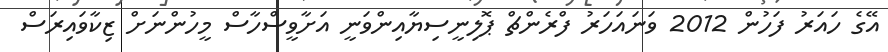
އޭގެ ހައަރު ފަހުން 2012 ވަނައަހަރު ފްރެންޗް ޕޮލިނީސިޔާއިންވަނީ އަށާވީސްހާސް މީހުންނަށް ޒިކާވައިރަސް